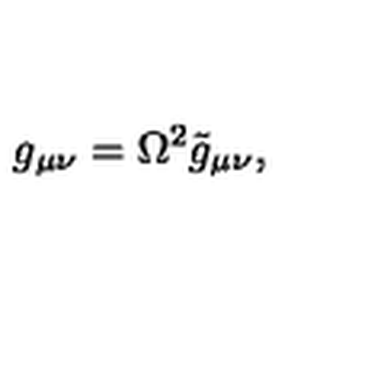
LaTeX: g _ { \mu \nu } = \Omega ^ { 2 } \tilde { g } _ { \mu \nu } ,